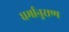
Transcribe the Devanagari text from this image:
धर्मानुराण